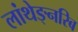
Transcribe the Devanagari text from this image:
लांथेङ्नरिब